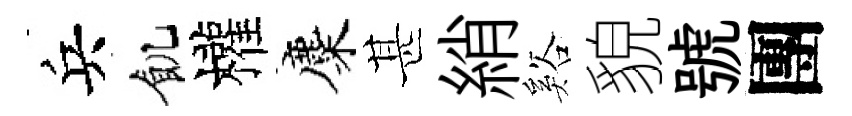
兵飢權麋甚綃谿貌號團